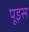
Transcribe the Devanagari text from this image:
पूइस